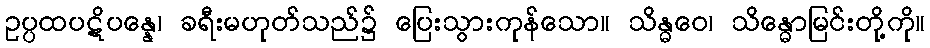
ဥပ္ပထပဋိပန္နေ၊ ခရီးမဟုတ်သည်၌ ပြေးသွားကုန်သော။ သိန္ဓဝေ၊ သိန္ဓောမြင်းတို့ကို။